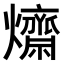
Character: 𤒱